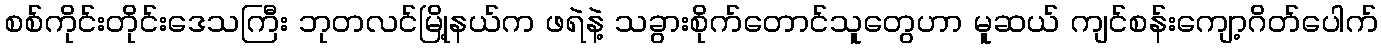
စစ်ကိုင်းတိုင်းဒေသကြီး ဘုတလင်မြို့နယ်က ဖရဲနဲ့ သခွားစိုက်တောင်သူတွေဟာ မူဆယ် ကျင်စန်းကျော့ဂိတ်ပေါက်